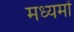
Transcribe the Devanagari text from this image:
मध्यमों